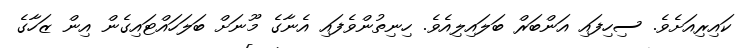
ކައިރިއަށެވެ. ސިހިފައި އަންބަރް ބަލައިލިއެވެ. ހިނިތުންވެފައި އެނާގެ މޫނަށް ބަލަހައްޓައިގެން އިން ޒަހާގެ